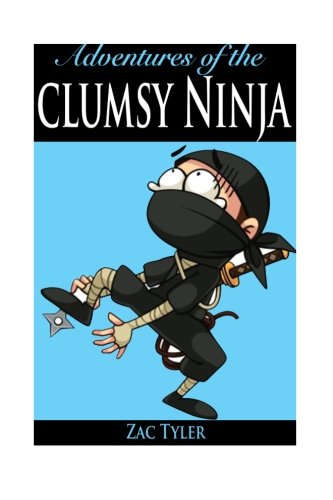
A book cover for Adventures Of The Clumsy Ninja: Hilarious Adventure Kids Ages 6 - 12; Zac Tyler; Children's Books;